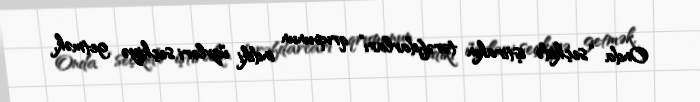
Onda “seçkidə iştirakın tərəfdarları” qrupunun indiki üzvləri seçkiyə getmək,